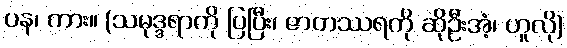
ပန၊ ကား။ (သမုဒ္ဒရာကို ပြပြီး၊ ဇာတဿရကို ဆိုဦးအံ့၊ ဟူလို)